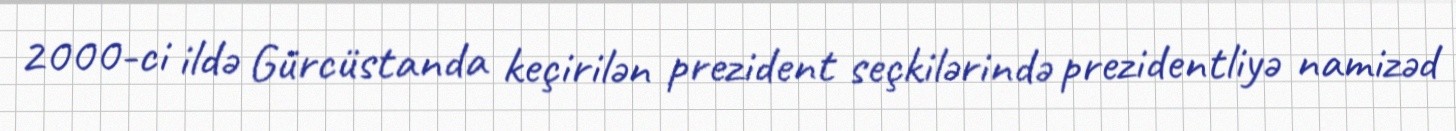
2000-ci ildə Gürcüstanda keçirilən prezident seçkilərində prezidentliyə namizəd